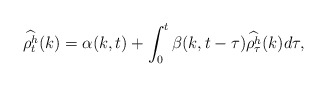
\begin{align*}\widehat{\rho^h_t}(k) = \alpha(k,t) + \int_0^t \beta(k,t-\tau)\widehat{\rho^h_{\tau}}(k)d\tau,\end{align*}